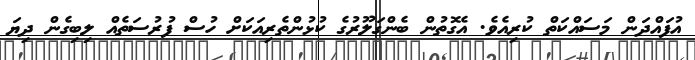
އުފައްދަން މަސައްކަތް ކުރިއެވެ. އެގޮތުން ބެންގަލޫރުގެ ކުޅުންތެރިއަކަށް ހުސް ފުރުސަތެއް ލިބިގެން ދިޔަ